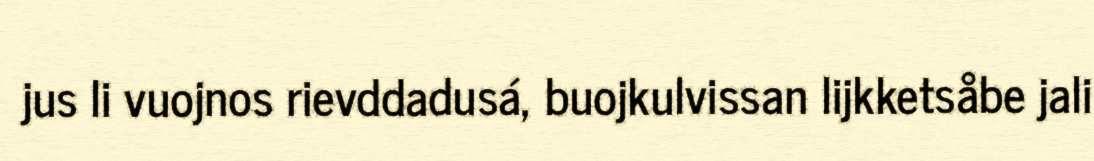
jus li vuojnos rievddadusá, buojkulvissan lijkketsåbe jali